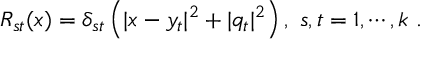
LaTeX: R _ { s t } ( x ) = \delta _ { s t } \left( | x - y _ { t } | ^ { 2 } + | q _ { t } | ^ { 2 } \right) , ~ s , t = 1 , \cdots , k ~ .